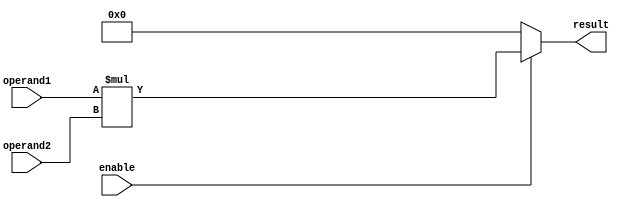
module multiplier(
    input wire enable,
    input wire [31:0] operand1,
    input wire [31:0] operand2,
    output reg [63:0] result
);

always @(*) begin
    if(enable) begin
        result = operand1 * operand2;
    end else begin
        result = 64'b0;
    end
end

endmodule